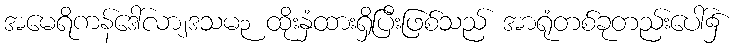
အမေရိကန်ဒေါ်လာ၂ဒသမ၃ ထိုးနှံထားရှိပြီးဖြစ်သည် အာရုံတစ်ခုတည်းပေါ်၌